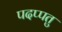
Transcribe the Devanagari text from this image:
पदप्पतु